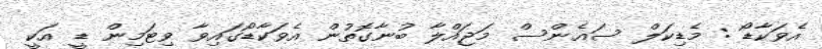
އެވަކާޑޯ : މެޑިކަލް ސައެންސް މަޖައްލާ ބުނާގޮތުން އެވަކާޑޯގައިވާ ވިޓަމިން ޑީ އަކީ